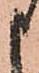
申